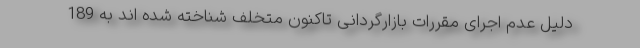
دلیل عدم اجرای مقررات بازارگردانی تاکنون متخلف شناخته شده اند به 189